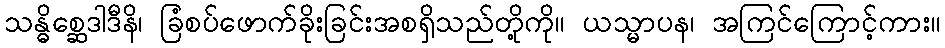
သန္ဓိစ္ဆေဒါဒီနိ၊ ခြံစပ်ဖောက်ခိုးခြင်းအစရှိသည်တို့ကို။ ယသ္မာပန၊ အကြင်ကြောင့်ကား။